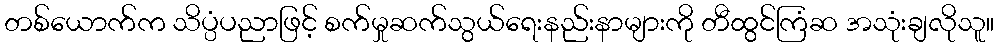
တစ်ယောက်က သိပ္ပံပညာဖြင့် စက်မှုဆက်သွယ်ရေးနည်းနာများကို တီထွင်ကြံဆ အသုံးချလိုသူ။